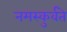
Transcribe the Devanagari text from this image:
नमस्कुर्वते